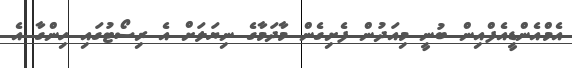
އެމްއެންޑީއެފްއިން ބުނީ މިއަދުން ފެށިގެން މާދަމާގެ ނިޔަލަށް އެ ރިސޯޓުގައި ހިންގާ އެ